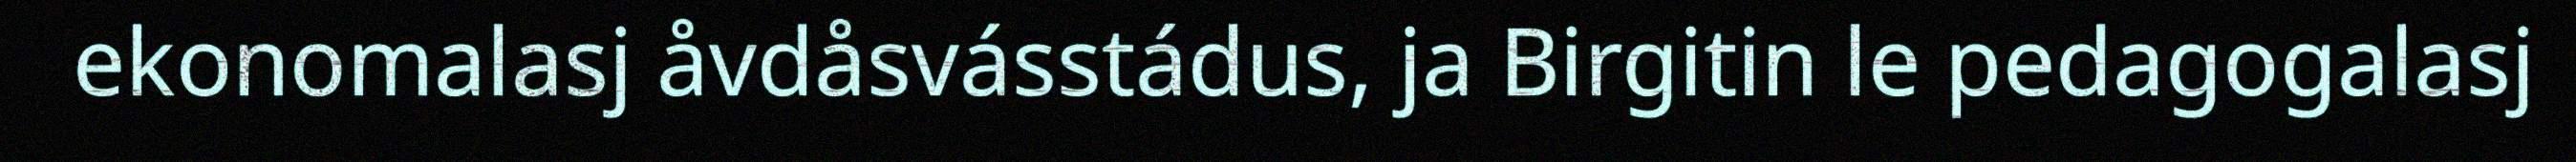
ekonomalasj åvdåsvásstádus, ja Birgitin le pedagogalasj